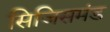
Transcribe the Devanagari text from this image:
सिजिसमंड